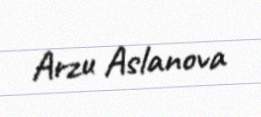
Arzu Aslanova